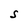
Character: S